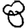
Digit: 8